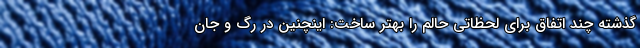
گذشته چند اتفاق برای لحظاتی حالم را بهتر ساخت: اینچنین در رگ و جان